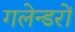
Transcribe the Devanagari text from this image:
गलेन्डरों